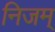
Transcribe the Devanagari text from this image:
निजम्